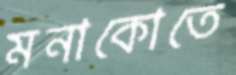
মনাকোতে